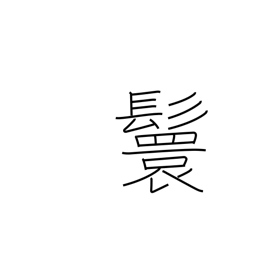
Meaning: male hairstyle of looped ponytails